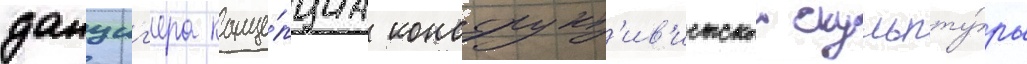
данциг'ера конце́пциа конструкт'ив'истскои скульпту́ры